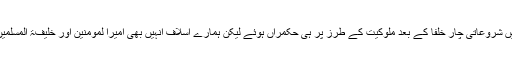
اسلام کی تاریخ میں شروعاتی چار خلفا کے بعد ملوکیت کے طرز پر ہی حکمراں ہوئے لیکن ہمارے اسلاف انہیں بھی امیرا لمومنین اور خلیفۃ المسلمین ہی کہتے تھے ۔